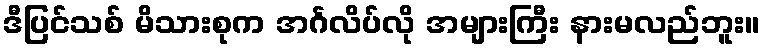
ဒီပြင်သစ် မိသားစုက အင်္ဂလိပ်လို အများကြီး နားမလည်ဘူး။